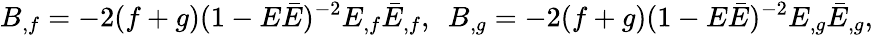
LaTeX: B_{,f}=-2(f+g)(1-E\bar{E})^{-2}E_{,f}\bar{E}_{,f},~~B_{,g}=-2(f+g)(1-E\bar{E})^{-2}E_{,g}\bar{E}_{,g},